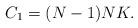
LaTeX: \begin{align*}C_1=(N-1)NK.\end{align*}